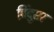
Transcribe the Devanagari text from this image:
बिंदुसर